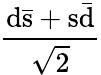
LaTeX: \mathrm{\frac{d{\bar{s}}+s{\bar{d}}}{\sqrt{2}}}